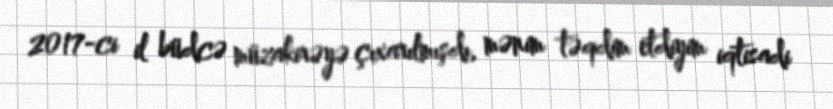
2017-ci il büdcə müzakirəyə çıxarılmışdı, mənim təqdim etdiyim iqtisadi